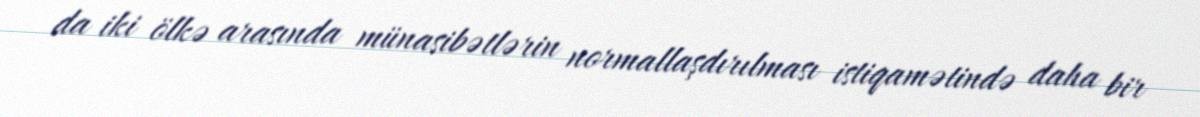
da iki ölkə arasında münasibətlərin normallaşdırılması istiqamətində daha bir